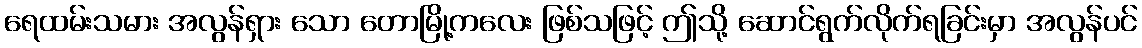
ရေထမ်းသမား အလွန်ရှား သော တောမြို့ကလေး ဖြစ်သဖြင့် ဤသို့ ဆောင်ရွက်လိုက်ရခြင်းမှာ အလွန်ပင်